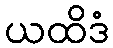
ယထိဒံ